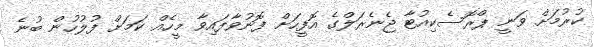
ކުރުމަށް ވަނީ ޕްރޮސެކިއުޓާ ޖެނެރަލްގެ އޮފީހަށް ފޮނުވާފައިވާ މީހެއް ކަމަށް ފުލުހުން ބުނެ